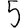
Digit: 5